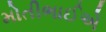
મોતીભાઈએ